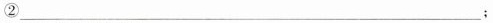
②___；